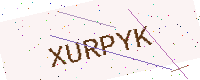
Text: XURPYK